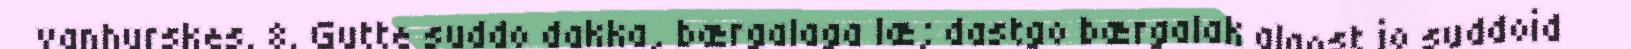
vanhurskes. 8. Gutte suddo dakka, bærgalaga læ; dastgo bærgalak algost jo suddoid